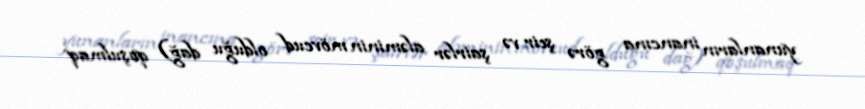
yunanların inancına görə şeir və şairlər aləminin mövcud olduğu dağ) qoşulmaq